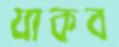
যাকব